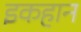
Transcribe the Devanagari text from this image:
इकहान